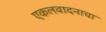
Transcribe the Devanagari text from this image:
एकलवादनाचा